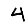
Digit: 4